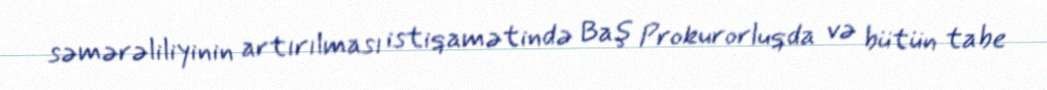
səmərəliliyinin artırılması istiqamətində Baş Prokurorluqda və bütün tabe